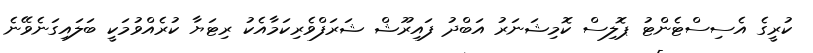
ކުރީގެ އެސިސްޓެންޓު ޕޮލިސް ކޮމިޝަނަރު އަބްދު ފައިރޫޝް ޝަރަފްވެރިކަމާއެކު ރިޓަޔާ ކުރެއްވުމަކީ ބަލައިގަނެވޭނެ